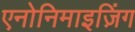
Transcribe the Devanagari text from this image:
एनोनिमाइज़िंग